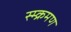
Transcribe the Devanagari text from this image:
स्म्क्रमण